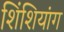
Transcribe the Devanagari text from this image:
शिंशियांग